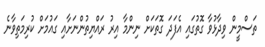
ތަސްމީން ވިދާޅުވާ ގޮތުގައި އެފަދަ ގޮތަކަށް ނިންމާ އިރު ރައްޔިތުންނަށާއި ގައުމަށް ކުރިމަތިވާނެ